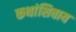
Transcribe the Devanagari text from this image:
कथांशिवाय